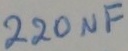
Text: 220µF